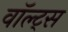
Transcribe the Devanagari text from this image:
वॉल्ट्स